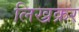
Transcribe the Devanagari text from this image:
लिख्रक्रर